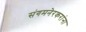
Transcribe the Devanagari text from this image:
संगमनेरकरांना